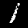
Label: 1